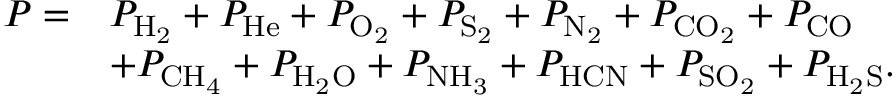
\begin{array} { r l } { P = } & { P _ { \mathrm { H _ { 2 } } } + P _ { \mathrm { H e } } + P _ { \mathrm { O _ { 2 } } } + P _ { \mathrm { S _ { 2 } } } + P _ { \mathrm { N _ { 2 } } } + P _ { \mathrm { C O _ { 2 } } } + P _ { \mathrm { C O } } } \\ & { + P _ { \mathrm { C H _ { 4 } } } + P _ { \mathrm { H _ { 2 } O } } + P _ { \mathrm { N H _ { 3 } } } + P _ { \mathrm { H C N } } + P _ { \mathrm { S O _ { 2 } } } + P _ { \mathrm { H _ { 2 } S } } . } \end{array}